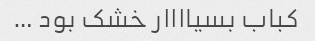
کباب بسیاااار خشک بود …